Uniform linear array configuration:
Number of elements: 8
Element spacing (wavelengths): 0.5
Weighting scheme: hamming
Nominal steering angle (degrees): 60
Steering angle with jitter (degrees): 59.267
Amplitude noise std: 0.05
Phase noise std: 0.05

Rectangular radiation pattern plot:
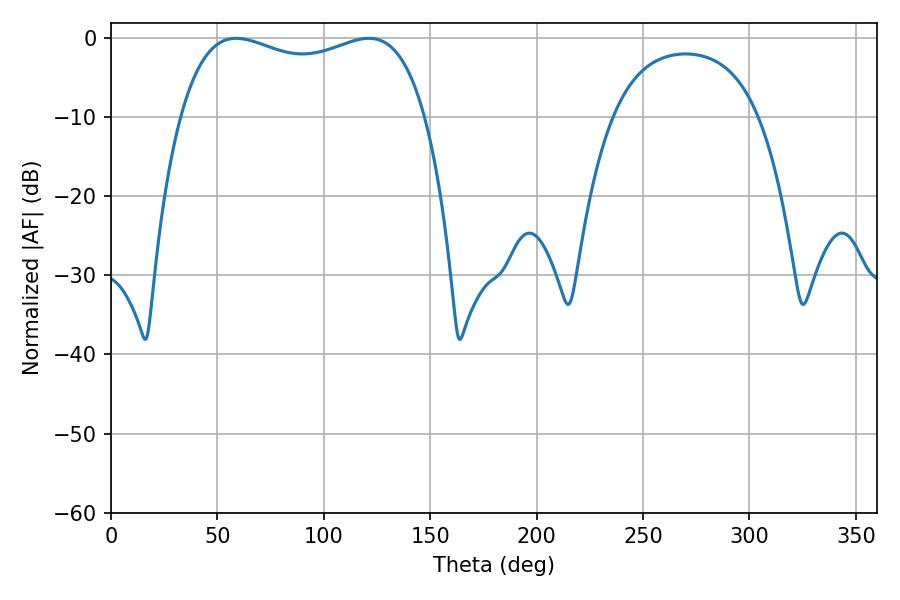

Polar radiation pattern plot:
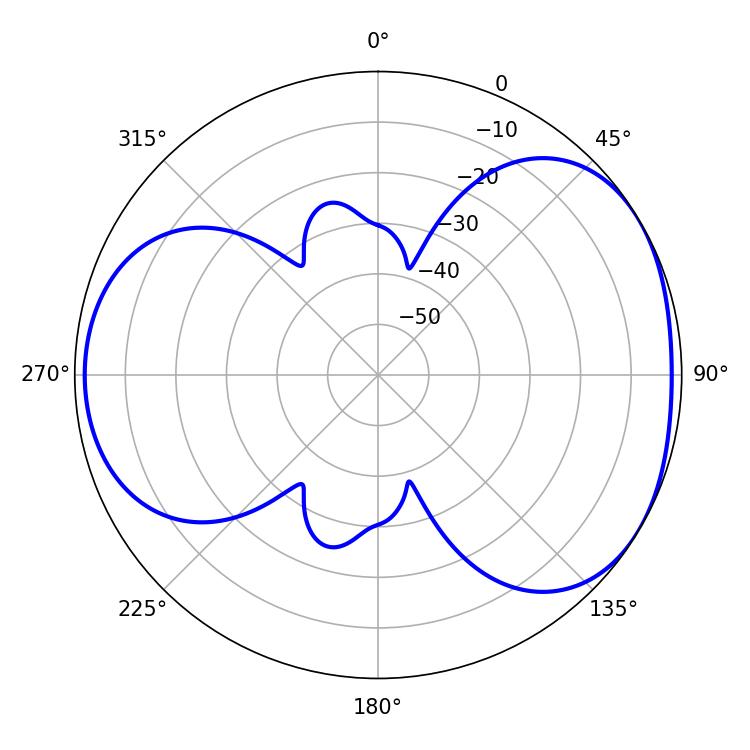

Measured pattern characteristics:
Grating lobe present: FALSE
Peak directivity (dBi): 4.27
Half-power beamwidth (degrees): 94.32
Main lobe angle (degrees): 58.86